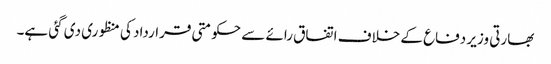
بھارتی وزیر دفاع کے خلاف اتفاق رائے سے حکومتی قرارداد کی منظوری دی گئی ہے۔